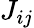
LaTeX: J_{ij}